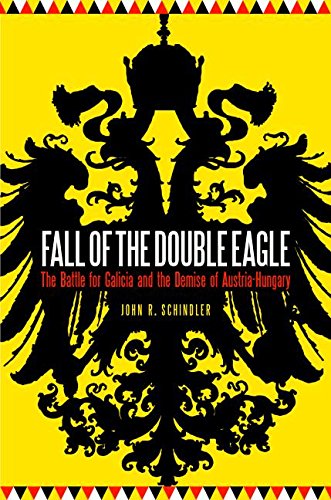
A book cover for Fall of the Double Eagle: The Battle for Galicia and the Demise of Austria-Hungary; John R. Schindler; History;